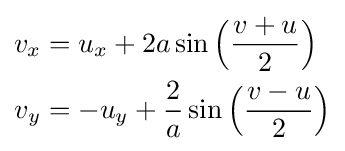
{\begin{aligned}v_{x}&=u_{x}+2a\sin {\Bigl (}{\frac {v+u}{2}}{\Bigr )}\\v_{y}&=-u_{y}+{\frac {2}{a}}\sin {\Bigl (}{\frac {v-u}{2}}{\Bigr )}\end{aligned}}\,\!